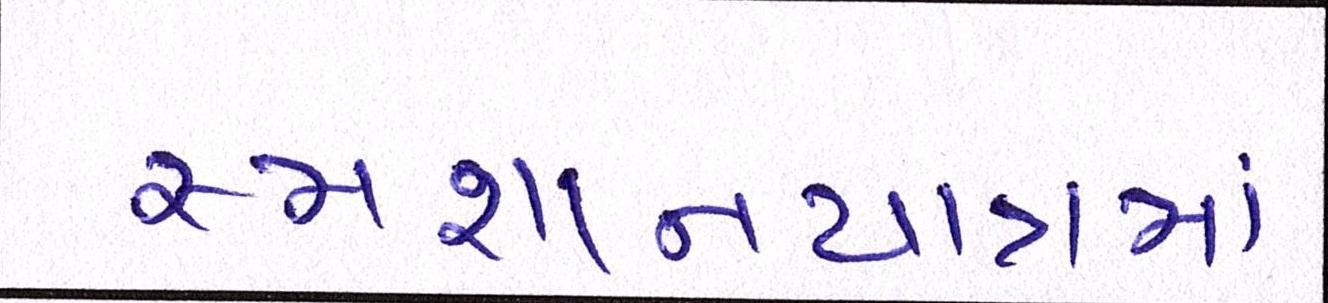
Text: સ્મશાનયાત્રામાં